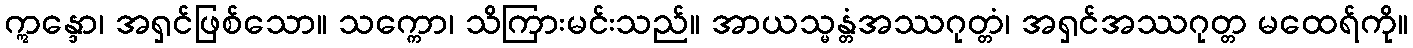
ဣန္ဒော၊ အရှင်ဖြစ်သော။ သက္ကော၊ သိကြားမင်းသည်။ အာယသ္မန္တံအဿဂုတ္တံ၊ အရှင်အဿဂုတ္တ မထေရ်ကို။